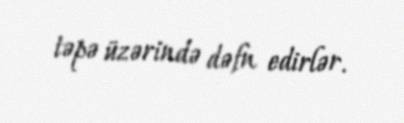
təpə üzərində dəfn edirlər.